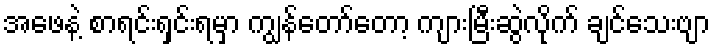
အဖေနဲ့ စာရင်းရှင်းရမှာ ကျွန်တော်တော့ ကျားမြီးဆွဲလိုက် ချင်သေးဗျာ